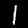
Digit: 1